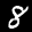
Label: 8